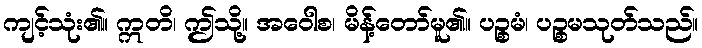
ကျင့်သုံး၏။ ဣတိ၊ ဤသို့။ အဝေါစ၊ မိန့်တော်မူ၏။ ပဉ္စမံ၊ ပဉ္စမသုတ်သည်။